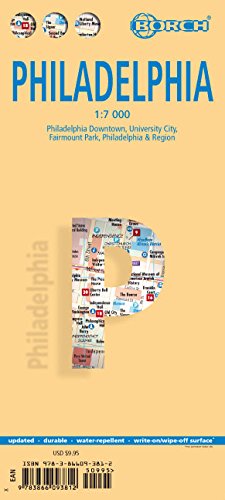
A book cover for Laminated Philadelphia Map by Borch (English Edition); Borch; Travel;